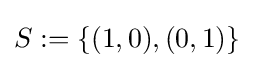
S:=\{(1,0),(0,1)\}